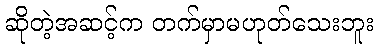
ဆိုတဲ့အဆင့်က တက်မှာမဟုတ်သေးဘူး